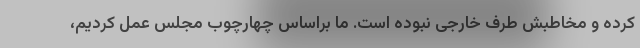
کرده و مخاطبش طرف خارجی نبوده است. ما براساس چهارچوب مجلس عمل کردیم،